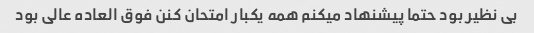
بی نظیر بود حتما پیشنهاد میکنم همه یکبار امتحان کنن فوق العاده عالی بود